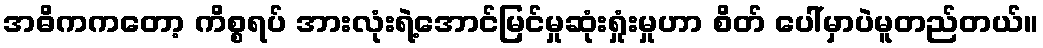
အဓိကကတော့ ကိစ္စရပ် အားလုံးရဲ့အောင်မြင်မှုဆုံးရှုံးမှုဟာ စိတ် ပေါ်မှာပဲမူတည်တယ်။